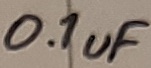
Text: 0.1uF